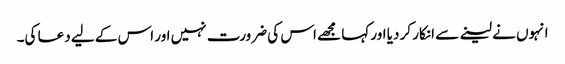
انہوں نے لینے سے انکار کر دیا اور کہا مجھے اس کی ضرورت نہیں اور اس کے لیے دعا کی۔